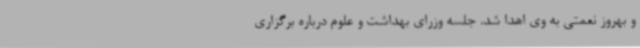
و بهروز نعمتی به وی اهدا شد. جلسه وزرای بهداشت و علوم درباره برگزاری